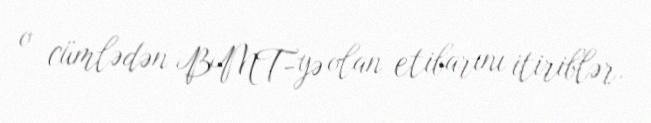
o cümlədən BMT-yə olan etibarını itiriblər.